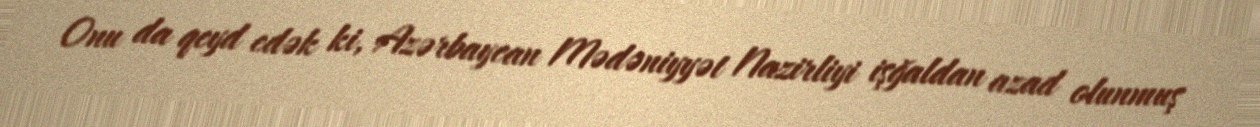
Onu da qeyd edək ki, Azərbaycan Mədəniyyət Nazirliyi işğaldan azad olunmuş